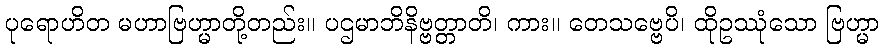
ပုရောဟိတ မဟာဗြဟ္မာတို့တည်း။ ပဌမာဘိနိဗ္ဗတ္တာတိ၊ ကား။ တေသဗ္ဗေပိ၊ ထိုဥဿုံသော ဗြဟ္မာ